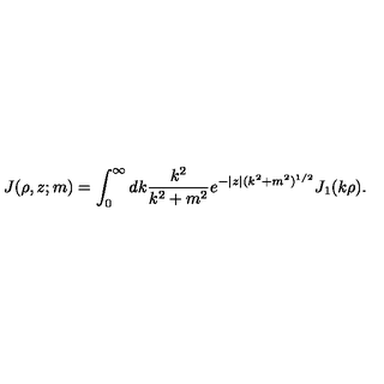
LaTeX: J ( \rho , z ; m ) = \int _ { 0 } ^ { \infty } d k \frac { k ^ { 2 } } { k ^ { 2 } + m ^ { 2 } } e ^ { - | z | ( k ^ { 2 } + m ^ { 2 } ) ^ { 1 / 2 } } J _ { 1 } ( k \rho ) .